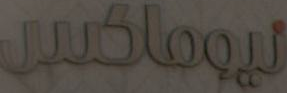
نيوماكس